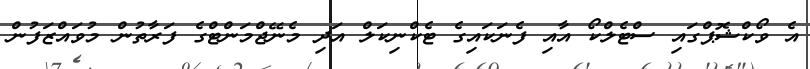
އެ ވޯކްޝޮޕްގައި ސްޓެލްކޯ އާއި ފެނަކައިގެ ޓެކްނިކަލް އަދި މެނޭޖްމަންޓްގެ ފަރާތުން މުވައްޒަފުން